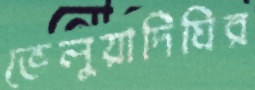
ভেলুয়াদিঘির